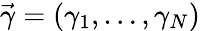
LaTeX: {\vec{\gamma}}=(\gamma_{1},\ldots,\gamma_{N})